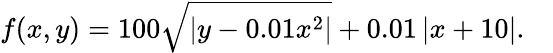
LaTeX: f(x,y)=100{\sqrt{\left|y-0.01x^{2}\right|}}+0.01\left|x+10\right|.\quad